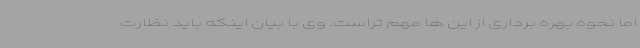
اما نحوه بهره برداری از این ها مهم تراست. وی با بیان اینکه باید نظارت